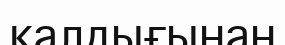
калдығынан